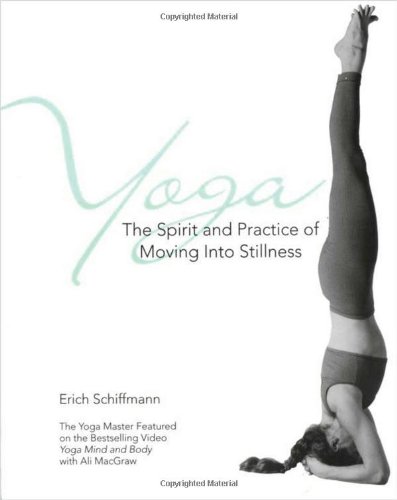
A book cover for Yoga: The Spirit and Practice of Moving into Stillness; Erich Schiffmann; Health, Fitness & Dieting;